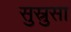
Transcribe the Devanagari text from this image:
सुस्रुसा